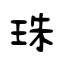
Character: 珠